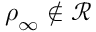
\boldsymbol { \rho } _ { \infty } \not \in \mathcal { R }